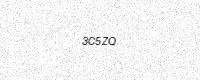
Text: 3C5ZQ